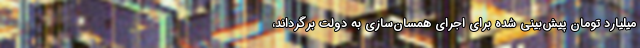
میلیارد تومان پیش‌بینی شده برای اجرای همسان‌سازی به دولت برگرداند،